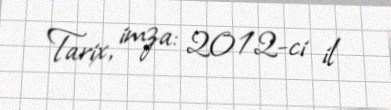
Tarix, imza: 2012-ci il